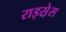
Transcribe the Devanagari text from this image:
राइस़ेस